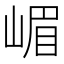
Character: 嵋